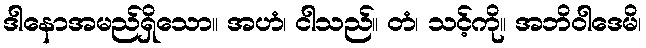
ဒါနောအမည်ရှိသော။ အဟံ၊ ငါသည်။ တံ၊ သင့်ကို။ အဘိဝါဒေမိ၊